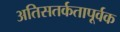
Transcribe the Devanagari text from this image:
अतिसतर्कतापूर्वक